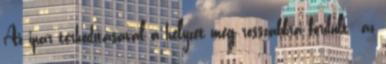
Az ipar térhódításával a helyzet még rosszabbra fordult: az